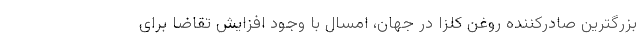
بزرگترین صادرکننده روغن کلزا در جهان، امسال با وجود افزایش تقاضا برای